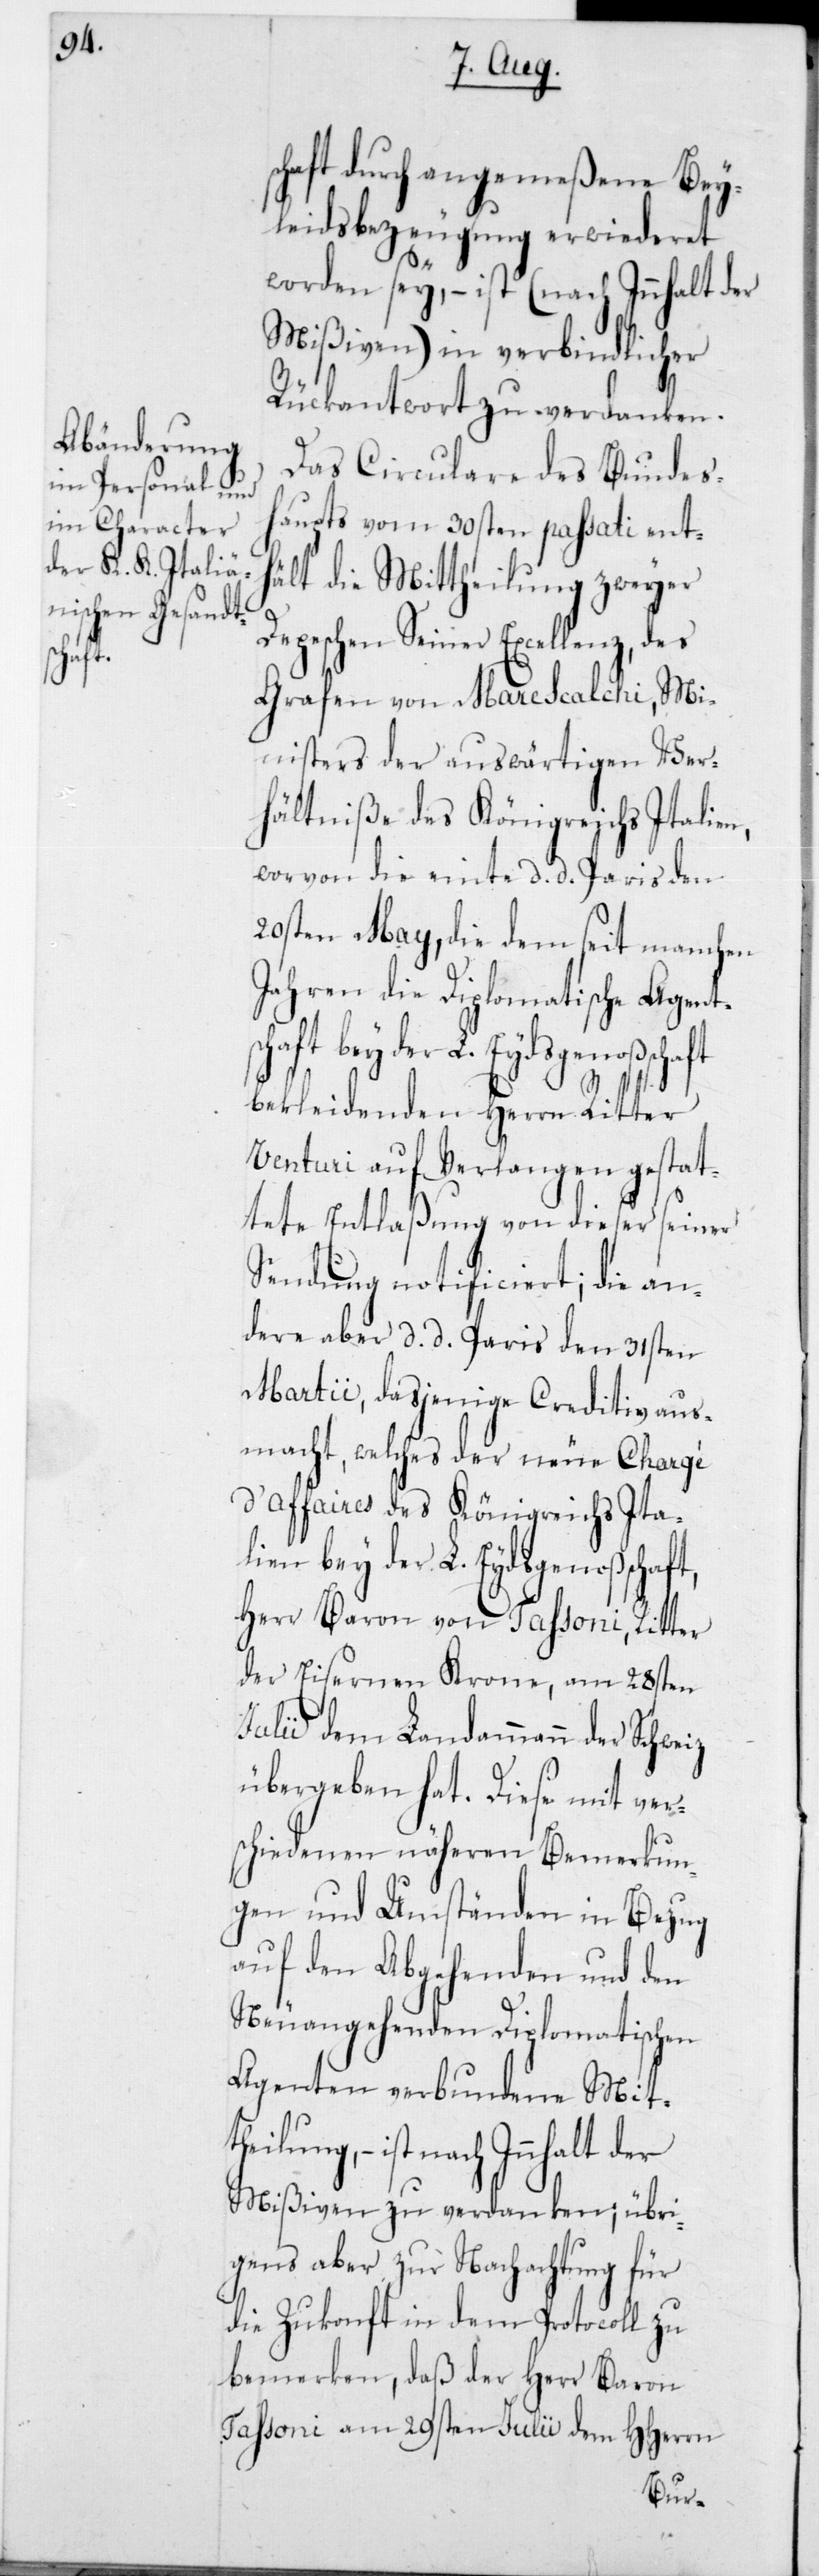
nhalt

chaft durch angemeßene Bey¬
leidsbezeugung erwiederet
worden sey, – ist (nach Innhalt
Mißiven) in verbindlicher
Rückantwort zu verdanken.
Das Circulare des Bundes¬
haupts vom 30sten passati ent¬
hält die Mittheilung zweyer
Depeschen Seiner Excellenz, des
Grafen von Marescalchi, Mi¬
nisters der auswärtigen Ver¬
hältniße des Königreichs Italien,
worvon die einte d. d. Paris den
20sten May, die dem seit manchen
Jahren die Diplomatische Agents¬
chaft bey der L. Eydsgenoßenschaft
bekleideten Herrn Ritter
Venturi auf Verlangen gestat¬
tete Entlassung von dieser seiner
Sendung notificiert; die an¬
dere aber datiert Paris den 31sten
Martii, dasjenige Creditiv aus¬
macht, welches der neue Chargé
d’affaires des Königreichs Ita¬
lien bey der L. Eydsgenoßens¬
Herrn Baron von Tassoni, Ritter
der Eisernen Krone, am 28sten
Julii dem Landammann der Schweiz
übergeben hat. Diese mit ver¬
schiedenen näheren Bemerkun¬
gen und Umständen in Bezug
auf den Abgehenden und den
Neuangehenden Diplomatischen
Agenten verbundene Mit¬
theilung, – ist nach In¬
Mißiven zu verdanken; übri¬
gens aber zur Nachachtung für
die Zukonft in dem Protocoll zu
bemerken, daß der Herr Baron
Tassoni am 29sten Julii dem HHerrn
s¬